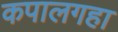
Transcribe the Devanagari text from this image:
कपालगहा